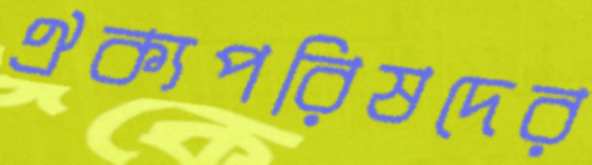
ঐক্যপরিষদের